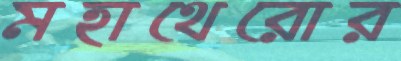
মহাথেরোর